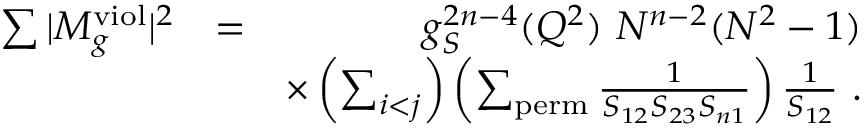
\begin{array} { r l r } { \sum \vert M _ { g } ^ { \mathrm { v i o l } } \vert ^ { 2 } } & { = } & { g _ { S } ^ { 2 n - 4 } ( Q ^ { 2 } ) ~ N ^ { n - 2 } ( N ^ { 2 } - 1 ) } \\ & { } & { \times \left( \sum _ { i < j } \right) \left( \sum _ { \mathrm { p e r m } } \frac { 1 } { S _ { 1 2 } S _ { 2 3 } S _ { n 1 } } \right) \frac { 1 } { S _ { 1 2 } } ~ . } \end{array}